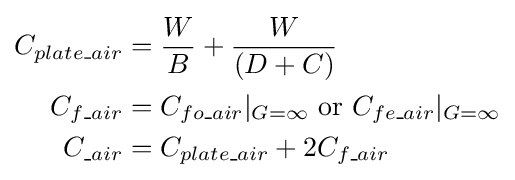
{\begin{aligned}C_{plate\_air}&={\frac {W}{B}}+{\frac {W}{(D+C)}}\\C_{f\_air}&=C_{fo\_air}|_{G=\infty }{\text{ or }}C_{fe\_air}|_{G=\infty }\\C_{\_air}&=C_{plate\_air}+2C_{f\_air}\\\end{aligned}}